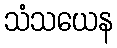
သံသယေန